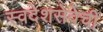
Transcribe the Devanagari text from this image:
स्वदेशसेवेची